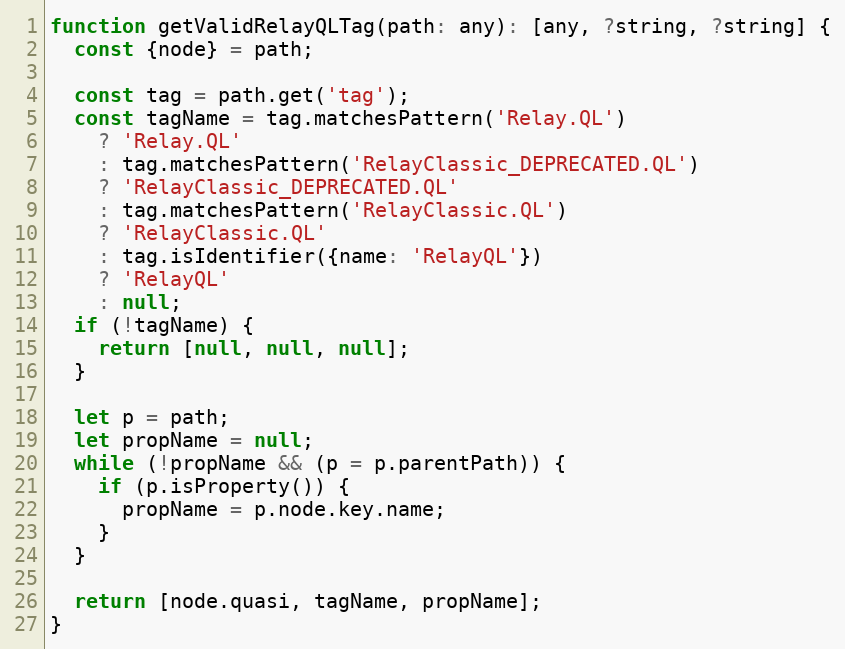
Language: JavaScript
function getValidRelayQLTag(path: any): [any, ?string, ?string] {
  const {node} = path;

  const tag = path.get('tag');
  const tagName = tag.matchesPattern('Relay.QL')
    ? 'Relay.QL'
    : tag.matchesPattern('RelayClassic_DEPRECATED.QL')
    ? 'RelayClassic_DEPRECATED.QL'
    : tag.matchesPattern('RelayClassic.QL')
    ? 'RelayClassic.QL'
    : tag.isIdentifier({name: 'RelayQL'})
    ? 'RelayQL'
    : null;
  if (!tagName) {
    return [null, null, null];
  }

  let p = path;
  let propName = null;
  while (!propName && (p = p.parentPath)) {
    if (p.isProperty()) {
      propName = p.node.key.name;
    }
  }

  return [node.quasi, tagName, propName];
}